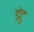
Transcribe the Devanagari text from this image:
इंटु